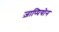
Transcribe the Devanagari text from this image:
ज़ाप्पियोन